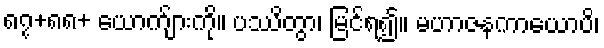
၈၇+၈၈+ ယောက်ျားကို။ ပဿိတွာ၊ မြင်ရ၍။ မဟာဇနကာယောပိ၊